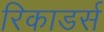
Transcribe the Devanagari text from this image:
रिकाडर्स